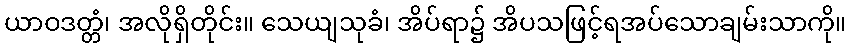
ယာဝဒတ္တံ၊ အလိုရှိတိုင်း။ သေယျသုခံ၊ အိပ်ရာ၌ အိပသဖြင့်ရအပ်သောချမ်းသာကို။